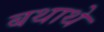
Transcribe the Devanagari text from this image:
बथाथे